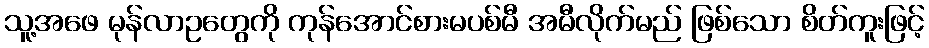
သူ့အဖေ မုန်လာဥတွေကို ကုန်အောင်စားမပစ်မီ အမီလိုက်မည် ဖြစ်သော စိတ်ကူးဖြင့်